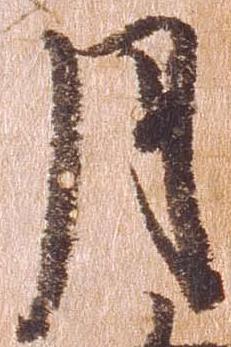
月